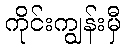
ကိုင်းကျွန်းမှီ